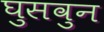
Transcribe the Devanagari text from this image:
घुसवुन